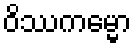
ဝိဿကမ္မော